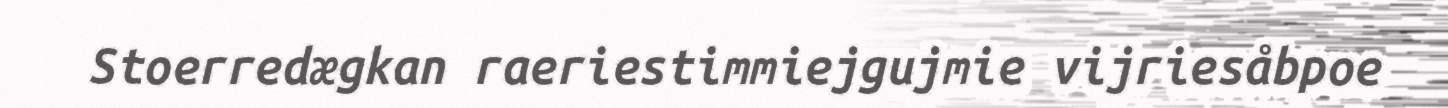
Stoerredægkan raeriestimmiejgujmie vijriesåbpoe